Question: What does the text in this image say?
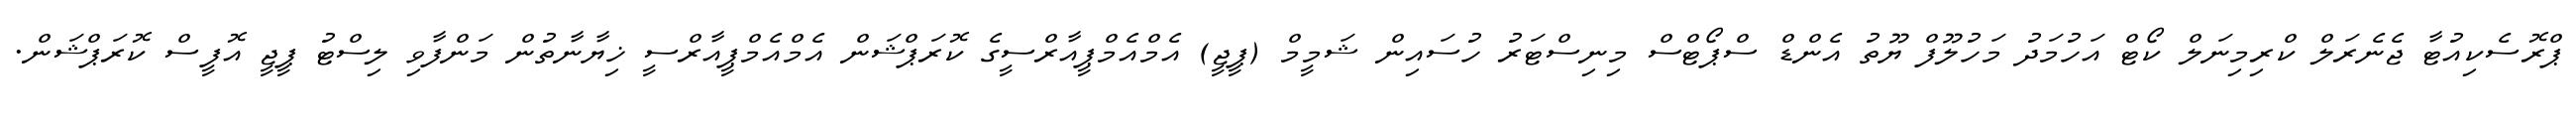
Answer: ޕްރޮސެކިއުޓާ ޖެނެރަލް ކްރިމިނަލް ކޯޓް އަހުމަދު މަހުލޫފް ޔޫތު އެންޑް ސްޕޯޓްސް މިނިސްޓަރު ހުސައިން ޝަމީމް (ޕީޖީ) އެމްއެމްޕީއާރްސީގެ ކޮރަޕްޝަން އެމްއެމްޕީއާރްސީ ޚިޔާނާތުން މަންފާވި ލިސްޓު ޕީޖީ އޮފީސް ކޮރަޕްޝަން.